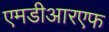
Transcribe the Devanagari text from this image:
एमडीआरएफ